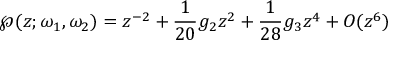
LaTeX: \wp ( z ; \omega _ { 1 } , \omega _ { 2 } ) = z ^ { - 2 } + { \frac { 1 } { 2 0 } } g _ { 2 } z ^ { 2 } + { \frac { 1 } { 2 8 } } g _ { 3 } z ^ { 4 } + O ( z ^ { 6 } )